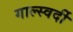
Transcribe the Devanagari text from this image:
गाल्स्वर्दी